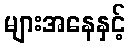
များအနေနှင့်